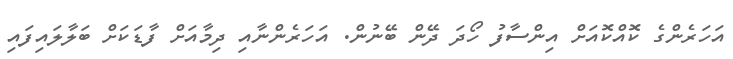
އަހަރެންގެ ކޮއްކޮއަށް އިންސާފު ހޯދަ ދޭން ބޭނުން. އަހަރެންނާއި ދިމާއަށް ފާޑަކަށް ބަލާލައިފައި